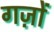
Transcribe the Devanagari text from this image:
गज़ों